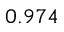
0 . 9 7 4